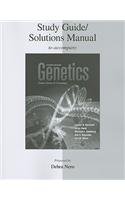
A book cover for Study Guide/Solutions Manual Genetics: From Genes to Genomes; Leland Hartwell; Medical Books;